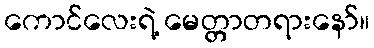
ကောင်လေးရဲ့ မေတ္တာတရားနော်။